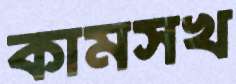
কামসখ